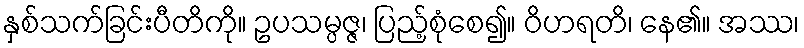
နှစ်သက်ခြင်းပီတိကို။ ဥပသမ္ပဇ္ဇ၊ ပြည့်စုံစေ၍။ ဝိဟရတိ၊ နေ၏။ အဿ၊